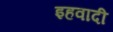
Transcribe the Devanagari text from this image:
इहवादी